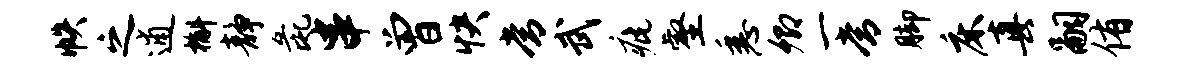
帙之逋槲静彘串曾快常武疵壑悉卿一常脚床真嗣侑